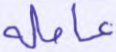
عاملة